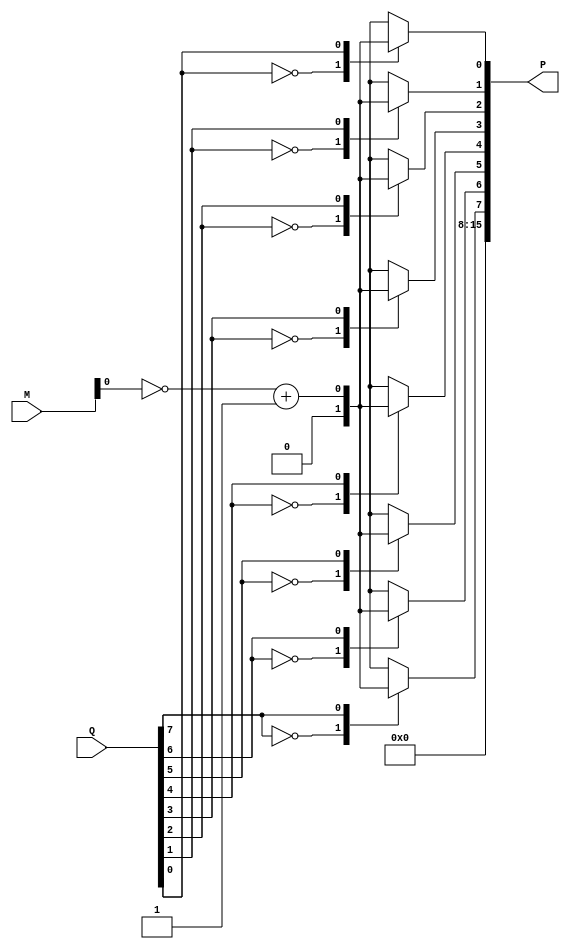
module booth_encoder(
    input [n-1:0] M, // Multiplicand
    input [n-1:0] Q, // Multiplier
    output reg [2*n-1:0] P // Partial products
);
    parameter n = 8; // Bit width

    reg [1:0] prev_bit; // Previous bits for Booth encoding
    integer i;

    always @(*) begin
        prev_bit = 2'b00; // Initialize previous bits
        P = 0; // Initialize partial products

        for (i = 0; i < n; i = i + 1) begin
            case ({Q[i], prev_bit[0]})
                2'b00: P[i] = 0; // 0
                2'b01: P[i] = M; // +M
                2'b10: P[i] = ~M + 1; // -M (2's complement)
                2'b11: P[i] = 0; // 0
            endcase
            prev_bit = {Q[i], prev_bit[0]}; // Update previous bits
        end
    end
endmodule